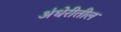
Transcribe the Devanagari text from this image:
अंधेरीतील